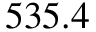
5 3 5 . 4